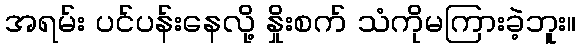
အရမ်း ပင်ပန်းနေလို့ နှိုးစက် သံကိုမကြားခဲ့ဘူး။